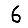
Digit: 6